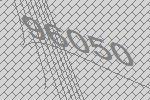
96050